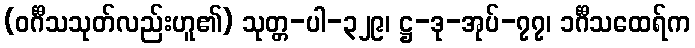
(ဝင်္ဂီသသုတ်လည်းဟူ၏) သုတ္တ-ပါ-၃၂၉၊ ဋ္ဌ-ဒု-အုပ်-၇၇၊ ၁င်္ဂီသထေရ်က